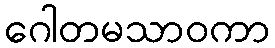
ဂေါတမသာဝကာ